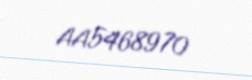
AA5468970